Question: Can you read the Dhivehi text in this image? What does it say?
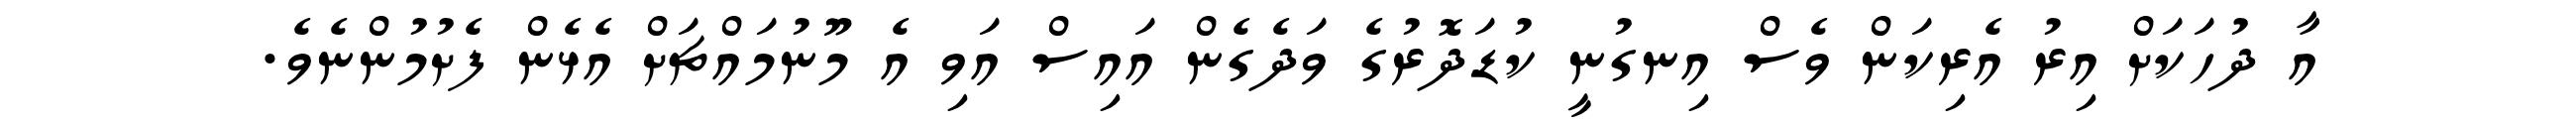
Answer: އާ ދުހަކަށް އިރު އެރިކަން ވެސް އިނގުނީ ކުޑަދޮރުގެ ވަދެގެން އައިސް އަވި އެ މޫނުމައްޗަށް އެޅެން ފެށުމުންނެވެ.